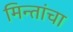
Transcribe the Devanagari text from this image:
मिन्तांचा